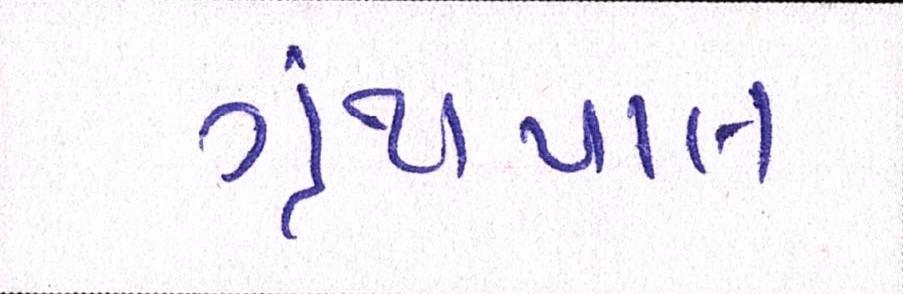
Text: ગ્રંથપાલ